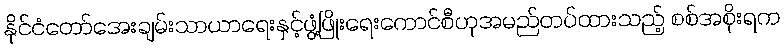
နိုင်ငံတော်အေးချမ်းသာယာရေးနှင့်ဖွံ့ဖြိုးရေးကောင်စီဟုအမည်တပ်ထားသည့် စစ်အစိုးရက